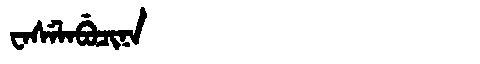
Manchu: ᠸᠠᠰᡝᠯᠠᠪᡠᠴᡳᠨᠠ
Romanization: WASELABUCINA